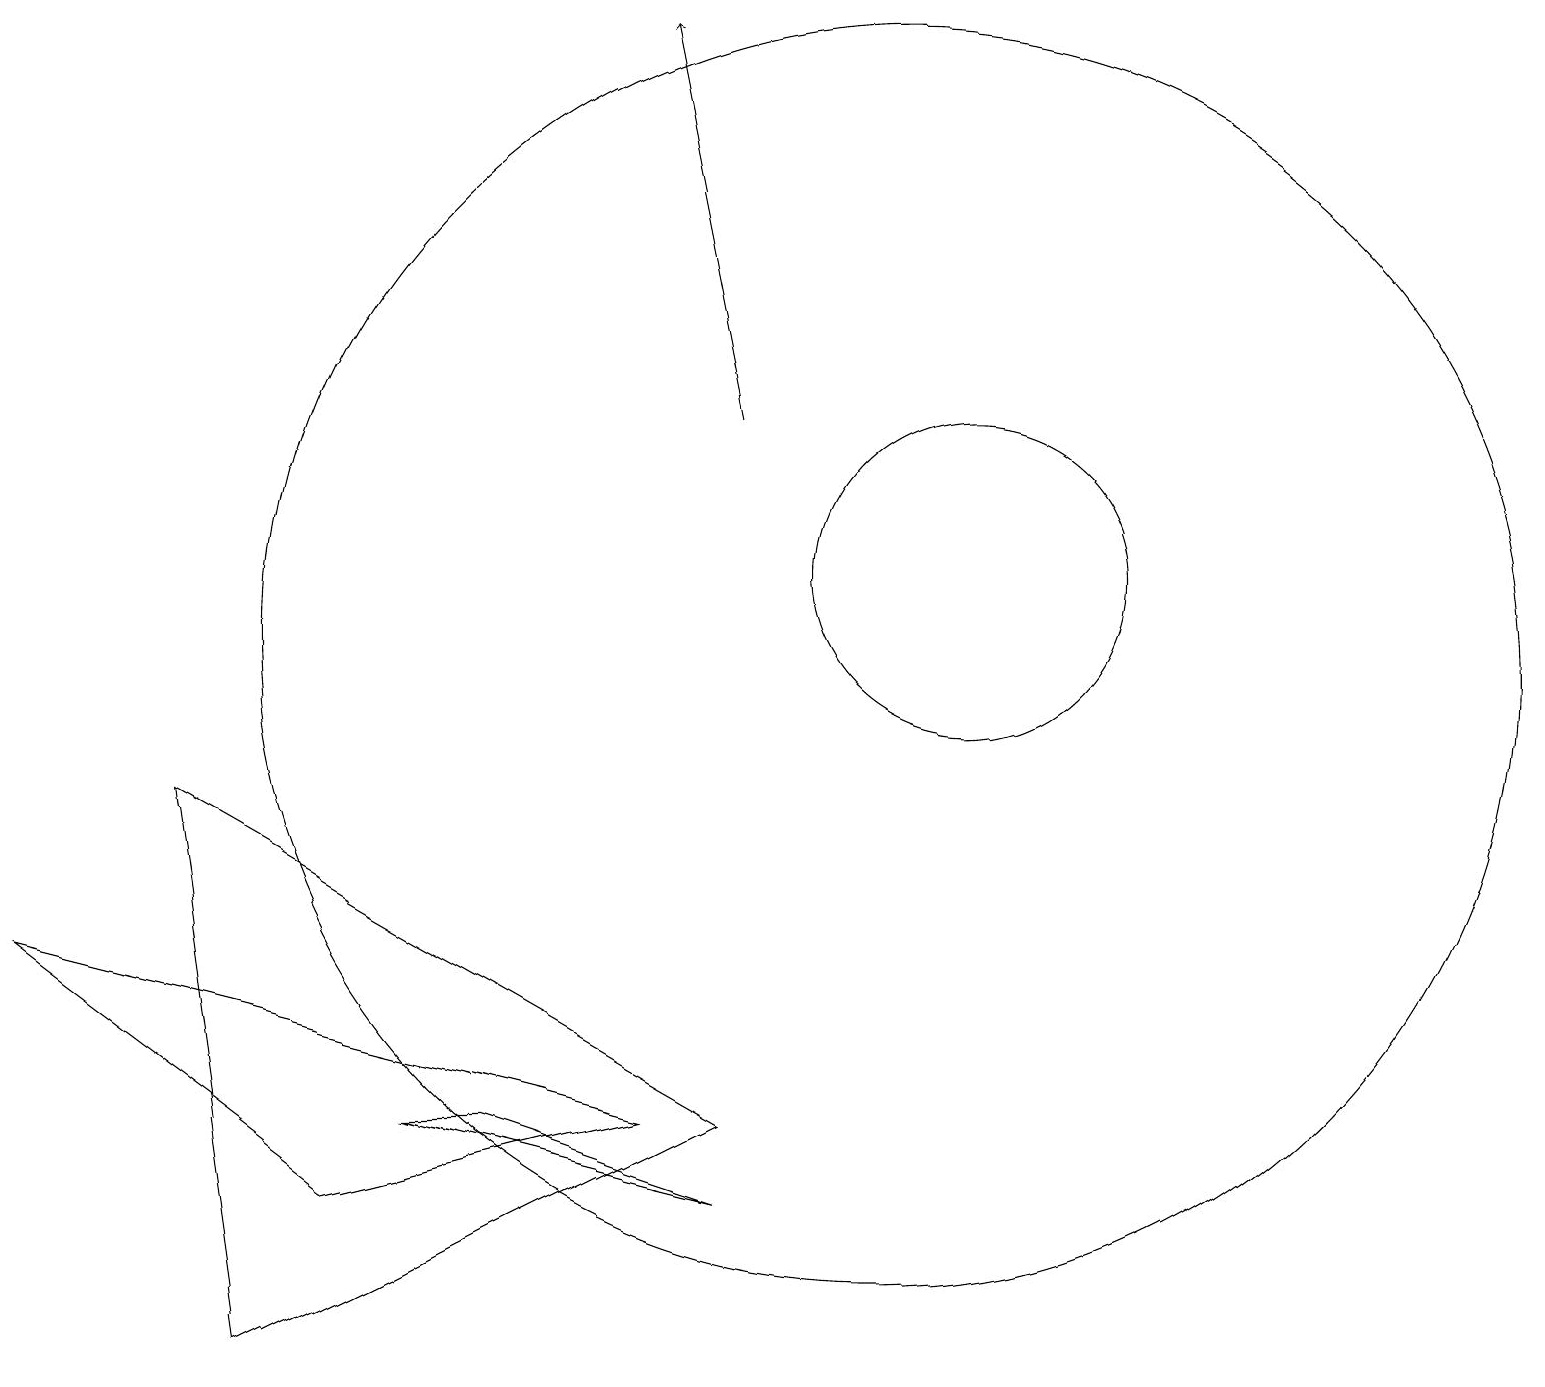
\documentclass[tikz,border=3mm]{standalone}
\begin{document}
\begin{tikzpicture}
\draw (4,3) -- (0,6) -- (8,4) -- cycle;
\draw (12,11) circle (2);
\draw (3,1) -- (9,4) -- (2,8) -- cycle;
\draw (9,3) -- (6,4) -- (5,4) -- cycle;
\draw (11,10) circle (8);
\draw[->] (9,13) -- (8,18);
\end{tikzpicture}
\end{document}